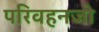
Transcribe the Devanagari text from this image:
परिवहनजो